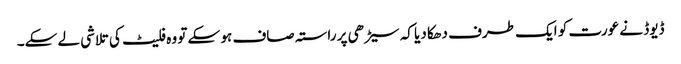
ڈیوڈ نے عورت کو ایک طرف دھکا دیا کہ سیڑھی پر راستہ صاف ہو سکے تو وہ فلیٹ کی تلاشی لے سکے۔